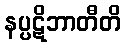
နပ္ပဋိဘာတီတိ